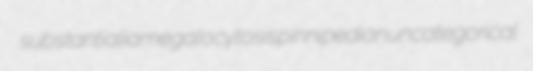
substantialia megalocytosis pinnipedian uncategorical